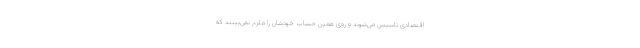
اقتصادی تاسیس می‌شوند و روی همین حساب خودشان را ملزم نمی‌بینند که